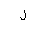
Letter: _lam